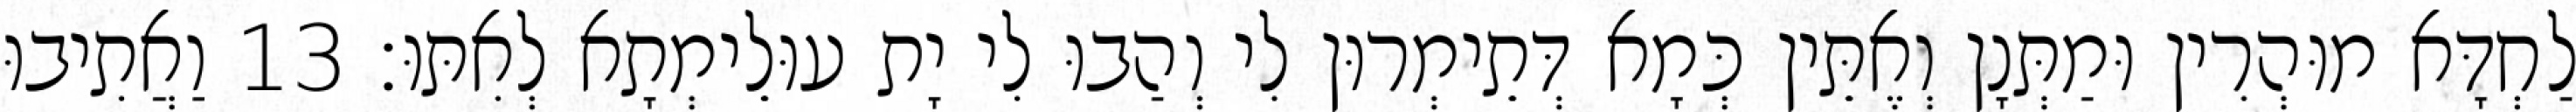
לַחְדָּא מוּהְרִין וּמַתְּנָן וְאֶתֵּין כְּמָא דְּתֵימְרוּן לִי וְהַבוּ לִי יָת עוּלֵימְתָא לְאִתּוּ׃ 13 וַאֲתִיבוּ